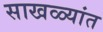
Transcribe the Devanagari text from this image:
साखळ्यांत